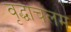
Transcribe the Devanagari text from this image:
वृद्धाचलम